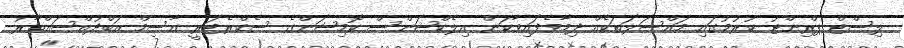
ލިސްޓް ޕްރިންޓު ކުރުމުގައި މައްްސަލަތަކެއް ދިމާވެފައިވާކަން އިލެކްޝަންސް ކޮމިޝަންގެ ސެކްރެޓަރީ އާސިމް އަބްދުއްސައްތާރު